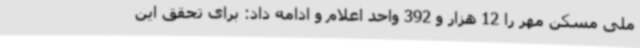
ملی مسکن مهر را 12 هزار و 392 واحد اعلام و ادامه داد: برای تحقق این